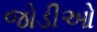
જોડીઓ